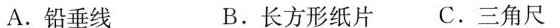
A.铅垂线 B.长方形纸片 C.三角尺